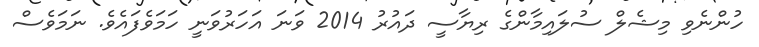
ހުންނެވި މިޝެލް ސުލައިމާންގެ ރިޔާސީ ދައުރު 2014 ވަނަ އަހަރުވަނީ ހަމަވެފައެވެ. ނަމަވެސް